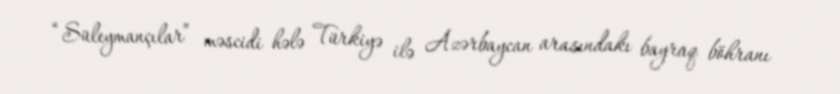
“Süleymançılar” məscidi hələ Türkiyə ilə Azərbaycan arasındakı bayraq böhranı